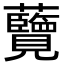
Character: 𮓔